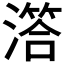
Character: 𣽛